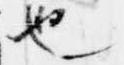
也